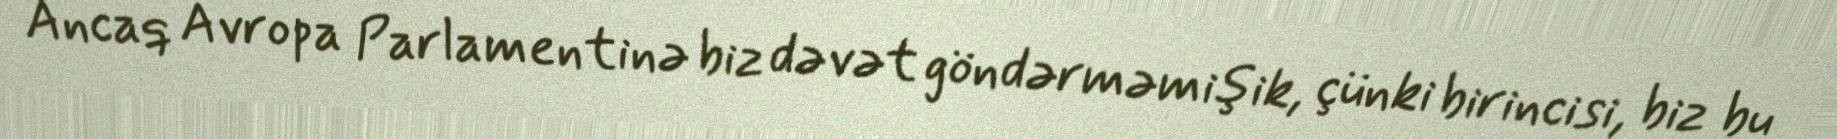
Ancaq Avropa Parlamentinə biz dəvət göndərməmişik, çünki birincisi, biz bu